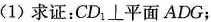
(1)求证：CD _ { 1}\bot 平面ADG；